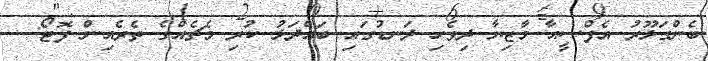
ބެންގަލޫރު އެފްސީއާ މާޒިޔާ ދިވެހި ދަނޑުގައި ބައްދަލު ކުރި މެޗެއްގެ ތެރެއިން ފޮޓޯ:---